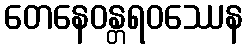
တေနေဝန္တရဝဿေန